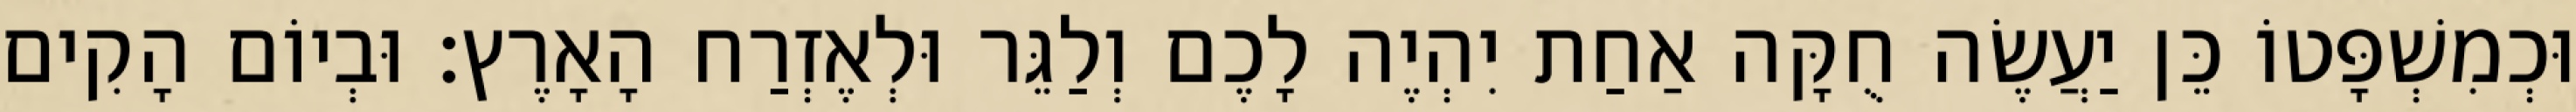
וּכְמִשְׁפָּטוֹ כֵּן יַעֲשֶׂה חֻקָּה אַחַת יִהְיֶה לָכֶם וְלַגֵּר וּלְאֶזְרַח הָאָרֶץ׃ וּבְיוֹם הָקִים